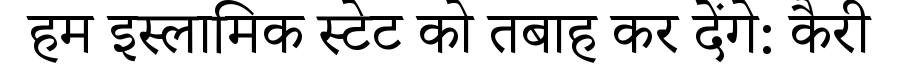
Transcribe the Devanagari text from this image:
हम इस्लामिक स्टेट को तबाह कर देंगे: कैरी